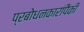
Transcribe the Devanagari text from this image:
प्रबोधनकारांपैकी